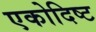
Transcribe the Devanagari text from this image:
एकोदिष्ट